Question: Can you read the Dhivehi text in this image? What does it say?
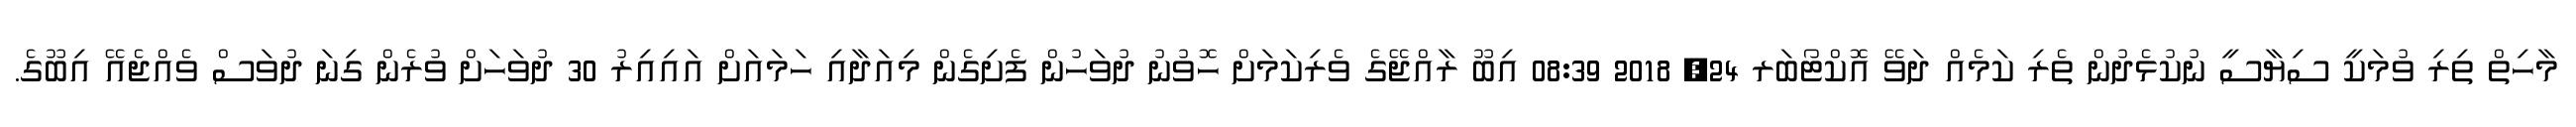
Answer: މާހިތް ތިރި ވުމަކީ ސިޔާސީ ނުކުޅެދުން ތެރި ކަމެއް ދަވޭ އޮކްޓޯބަރ 24, 2018 08:39 އިބޫ ރާއްޖޭގެ ވެރިކަމަށް ހޮވުނު ދުވަހުން ފެށިގެން މިއަދާއި ހަމައަށް އައިއިރު 30 ދުވަހަށް ވުރެން ގިނަ ދުވަސް ވެއްޖެއޭ އިބޫގެ.